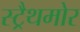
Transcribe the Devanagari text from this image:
स्ट्रैथमोर